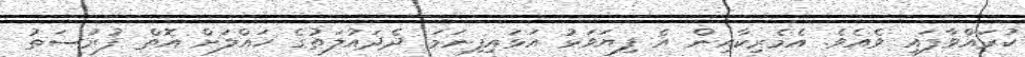
ކުރައްވާފައި ވެއެވެ. އެމެރިކާއިން އެ ފިޔަވަޅު އަޅައިފިނަމަ ދެދައުލަތުގެ ހައްލަށް އޮތް ފުރުސަތު